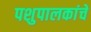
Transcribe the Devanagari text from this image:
पशुपालकांचे